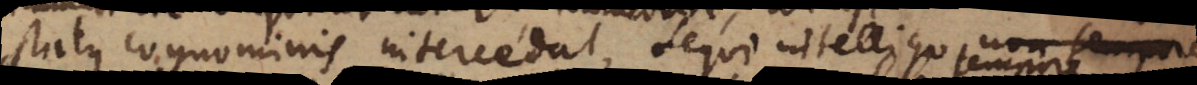
status cognominis intercedat, sequi intelligo non